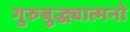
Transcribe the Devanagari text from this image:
गुरुबुद्ध्यात्मनो